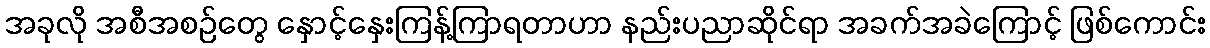
အခုလို အစီအစဉ်တွေ နှောင့်နှေးကြန့်ကြာရတာဟာ နည်းပညာဆိုင်ရာ အခက်အခဲကြောင့် ဖြစ်ကောင်း